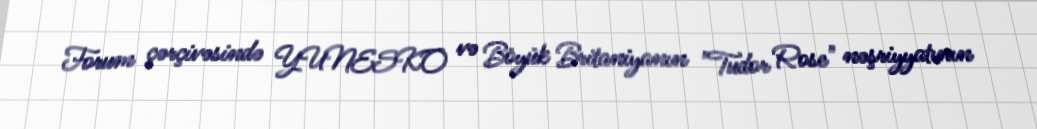
Forum çərçivəsində YUNESKO və Böyük Britaniyanın "Tudor Rose" nəşriyyatının